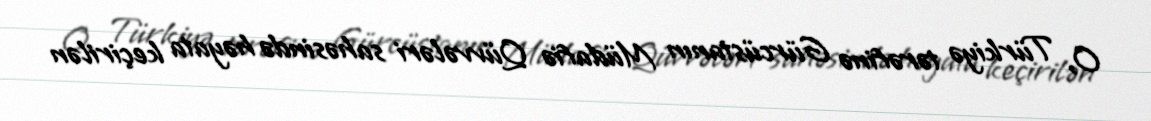
O, Türkiyə tərəfinə Gürcüstanın Müdafiə Qüvvələri sahəsində həyata keçirilən